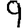
Digit: 9